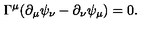
\Gamma ^ { \mu } ( \partial _ { \mu } \psi _ { \nu } - \partial _ { \nu } \psi _ { \mu } ) = 0 .